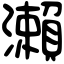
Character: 瀨